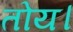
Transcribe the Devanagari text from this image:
तोय।